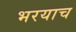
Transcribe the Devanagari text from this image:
भरयाच